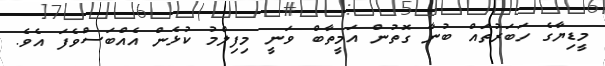
މީޑިޔާގެ ހަބަރުތައް ބުނާ ގޮތުން އަމީތާބް ވަނީ މިފިލްމު ކުޅެން އެއްބަސްވެފަ އެވެ.